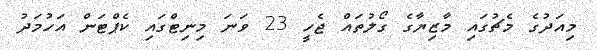
މިއަދުގެ މެޗުގައި މާޒިޔާގެ ގޯލުތައް ޖެހީ 23 ވަނަ މިނިޓްގައި ކެޕްޓަން އަހުމަދު